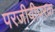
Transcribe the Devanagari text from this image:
परजीवीपरक